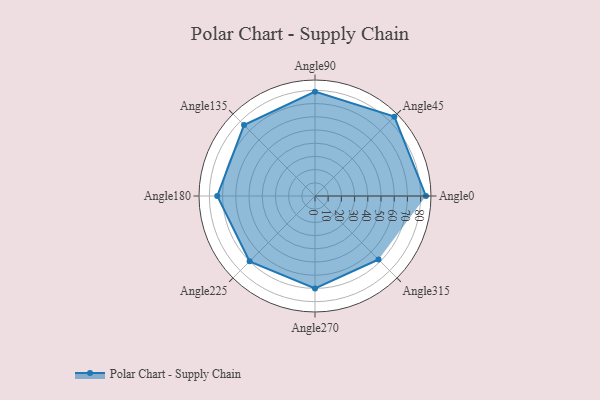
{"axis": {"x": "Angle", "y": "Radius"}, "legend": [""], "data": [{"x": "Angle0", "y": 84.0, "type": ""}, {"x": "Angle45", "y": 85.0, "type": ""}, {"x": "Angle90", "y": 79.0, "type": ""}, {"x": "Angle135", "y": 76.0, "type": ""}, {"x": "Angle180", "y": 74.0, "type": ""}, {"x": "Angle225", "y": 70.0, "type": ""}, {"x": "Angle270", "y": 70.0, "type": ""}, {"x": "Angle315", "y": 68.0, "type": ""}]}